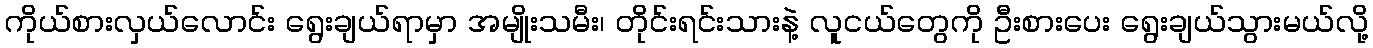
ကိုယ်စားလှယ်လောင်း ရွေးချယ်ရာမှာ အမျိုးသမီး၊ တိုင်းရင်းသားနဲ့ လူငယ်တွေကို ဦးစားပေး ရွေးချယ်သွားမယ်လို့